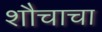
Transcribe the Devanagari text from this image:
शौचाचा